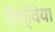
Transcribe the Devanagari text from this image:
सैल्विया